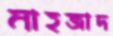
মাহজাদ